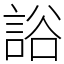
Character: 䛦